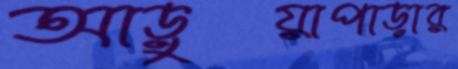
আড়ুয়াপাড়ার